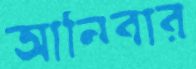
আনিবার